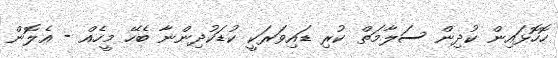
ހޮހޮޅައިން ކުދިން ސަލާމަތް ކުރި ޑައިވަރަކީ ކުޑަކުދިންނާ ބެހޭ މީހެއް - އެލޮން